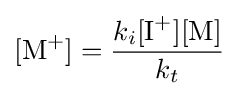
[{\ce {M+}}]={k_{i}[{\ce {I+}}][{\ce {M}}] \over k_{t}}